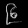
Digit: ၉